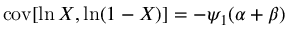
\operatorname { c o v } [ \ln X , \ln ( 1 - X ) ] = - \psi _ { 1 } ( \alpha + \beta )